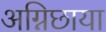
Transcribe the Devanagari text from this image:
अग्निछाया